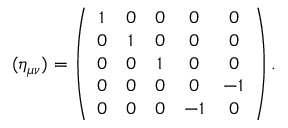
( { \eta } _ { \mu \nu } ) = \left( \begin{array} { c c c c c } { { 1 } } & { { 0 } } & { { 0 } } & { { 0 } } & { { 0 } } \\ { { 0 } } & { { 1 } } & { { 0 } } & { { 0 } } & { { 0 } } \\ { { 0 } } & { { 0 } } & { { 1 } } & { { 0 } } & { { 0 } } \\ { { 0 } } & { { 0 } } & { { 0 } } & { { 0 } } & { { - 1 } } \\ { { 0 } } & { { 0 } } & { { 0 } } & { { - 1 } } & { { 0 } } \end{array} \right) .